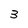
Character: 3